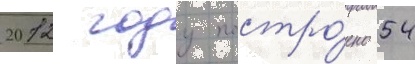
2012 году постро́ено 54